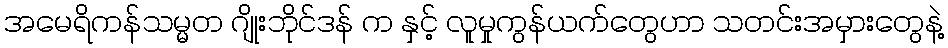
အမေရိကန်သမ္မတ ဂျိုးဘိုင်ဒန် က နှင့် လူမှုကွန်ယက်တွေဟာ သတင်းအမှားတွေနဲ့